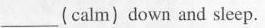
___(calm)down and sleep.